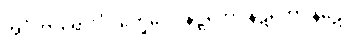
အင်္ဂဟာရော’င်္ဂဝိက္ခေပေါ၊ နဋ္ဋကော နဋကော နဋော။